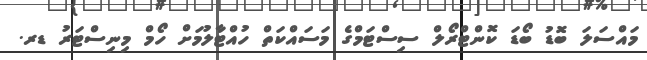
މައްސަލަ ބޮޑު ބޯޑަ ކޮންޓްރޯލް ސިސްޓަމްގެ މަސައްކަތް ހުއްޓާލުމަށް ހޯމް މިނިސްޓަރު ޑރ.